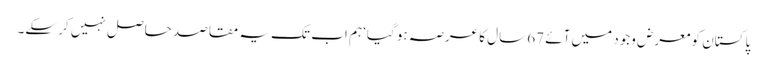
پاکستان کو معرض وجود میں آئے 67 سال کا عرصہ ہو گیا‘ ہم اب تک یہ مقاصد حاصل نہیں کر سکے۔